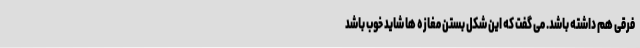
فرقی هم داشته باشد. می گفت که این شکل بستن مغازه ها شاید خوب باشد